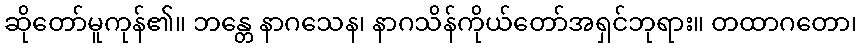
ဆိုတော်မူကုန်၏။ ဘန္တေ နာဂသေန၊ နာဂသိန်ကိုယ်တော်အရှင်ဘုရား။ တထာဂတော၊